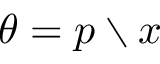
\theta = p \setminus x